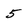
Character: 5